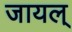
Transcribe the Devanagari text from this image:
जायल्